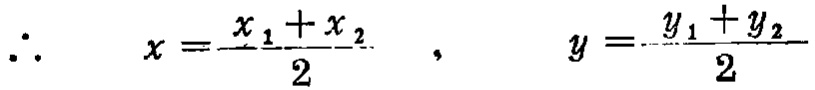
\(\therefore \quad x=\frac{x_{1}+x_{2}}{2} \quad, \quad y=\frac{y_{1}+y_{2}}{2}\)